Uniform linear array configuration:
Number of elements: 24
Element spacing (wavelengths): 1
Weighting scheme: binomial
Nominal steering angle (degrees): -60
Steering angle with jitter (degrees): -61.035
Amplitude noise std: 0.05
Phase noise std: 0.05

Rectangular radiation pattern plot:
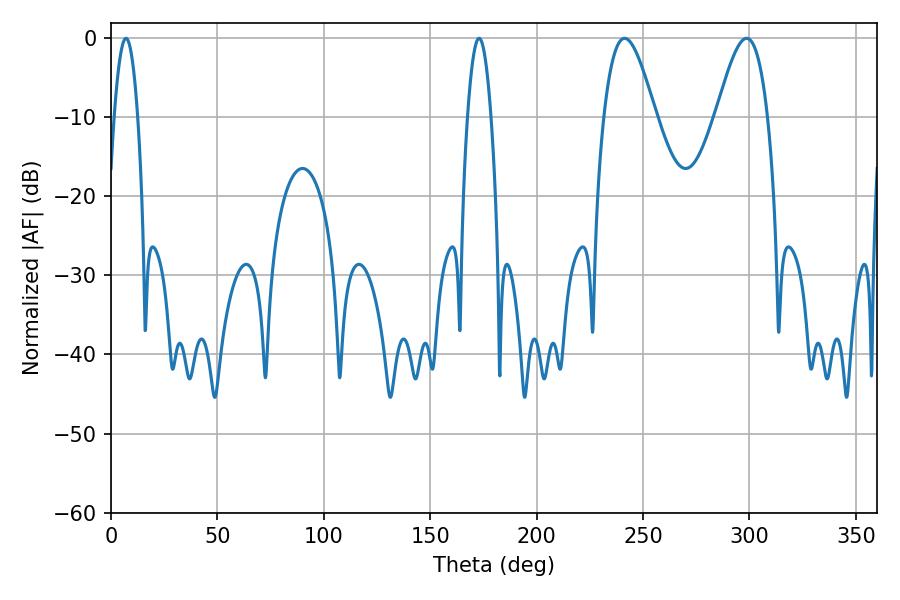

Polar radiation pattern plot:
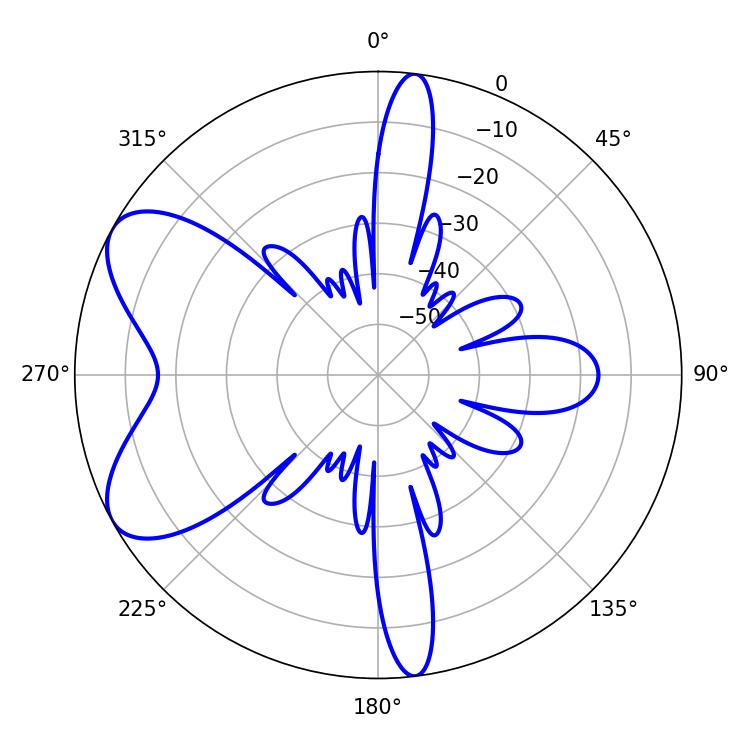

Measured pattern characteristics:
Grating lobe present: TRUE
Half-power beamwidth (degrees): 6.12
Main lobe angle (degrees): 7.02